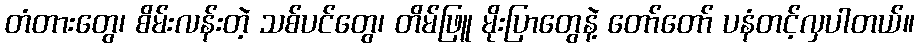
တံတားတွေ၊ စိမ်းလန်းတဲ့ သစ်ပင်တွေ၊ တိမ်ဖြူ မိုးပြာတွေနဲ့ တော်တော် ပနံတင့်လှပါတယ်။